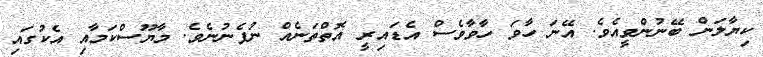
ކިޔާލަން ބޭނުންވީއެވެ. އޭނަ ހާވަ ހާވާވެސް އެޑައިރީ އޮތްތަނެއް ނުފެނުނެވެ. މާޔޫސްކަމާއި އެކުގައި